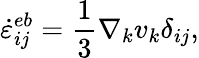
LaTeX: \dot{\varepsilon}_{ij}^{eb}=\frac{1}{3}\nabla_{k}v_{k}\delta_{ij},